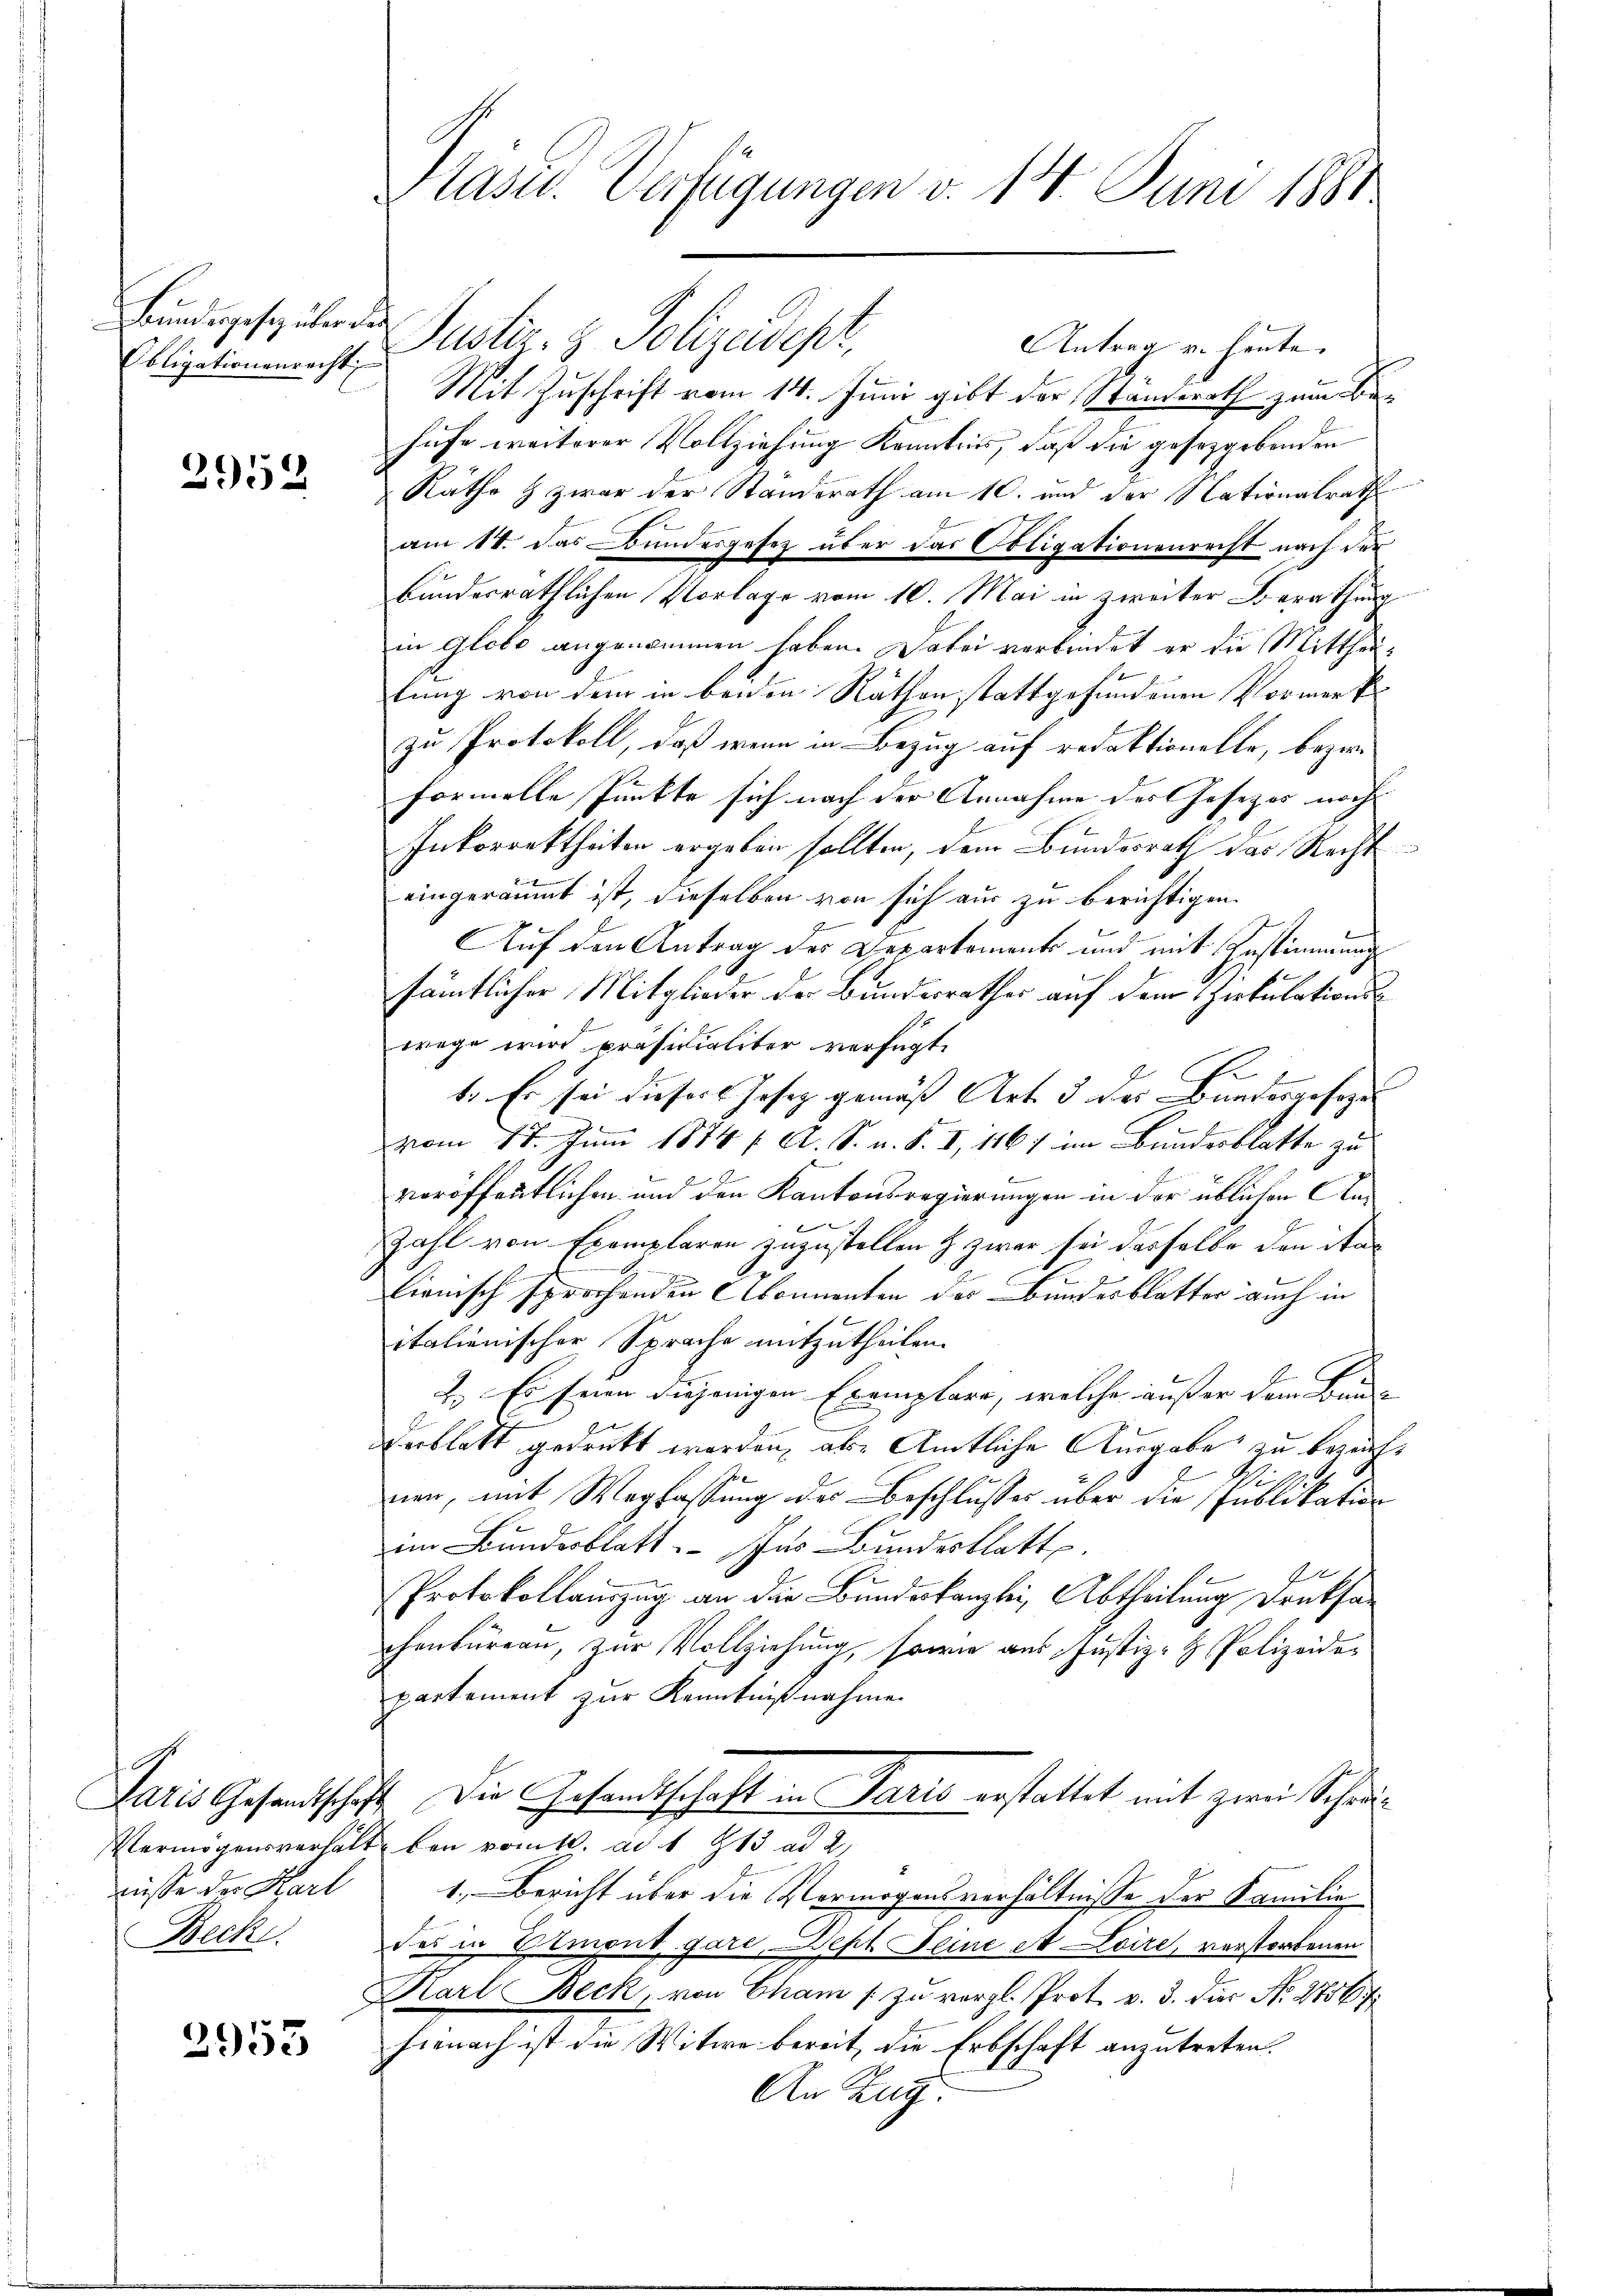
Bundesgesetz über des
Obligationenrecht

2952

2
nüsse der Karl

3953

Pläser. Verfügungen v. 14. Juni 1881

Justiz- & Polizadept,
Antrag v. heute.
Mit Zuschrift vom 14. Juni gibt der Standerath zum Be
hufe weiterer Vollziehung Kenntnis, daß die gesetzgebenden
Räthe & zwar der Standsrath am 10. und der Nationalrath
am 14. das Bundesgesetz über das Obligationenrecht nach der
bundesräthlichen Vorlage vom 10. Mai in zweiter Berathung
in globo angenommen haben. Dabei verbindet er die Mittheilung von dem in beiden Räthen stattgefundenen Vormerk- |
zu Protokoll, daß wenn in Bezug auf redaktionelle, bezir
formelle Punkte sich nach der Annahme des Gesetzes noch
Inkorrektheiten ergeben sollten, dem Bundesrath das Recht
eingeräumt ist, dieselben von sich aus zu berichtigen.
Auf den Antrag des Departements und mit Zustimmung
sämtlicher Mitglieder der Bundesrathes auf dem Zirkulationswege wird präsidialiter verfügt:
C
t. Es sei diesers Josez gemäß Art. 3 des Bundesgeseze
vom 18. Juni 1874 f. A. S. u. S. I, 1167 im Bundesblatte zu
veröffentlichen und den Kantonsregierungen in der üblichen An¬
Zahl von Exemplaren zuzustellen & zwar sei dasselbe den ita¬
I
lienisch sprochenden Abonnenten der Bundesblatter auch in
italienischer Sprache mitzutheilen.
2. Es seien diejenigen Exemplare, welche außer dem Bunderblatt gedruckt worden, als Amtliche Ausgabe zu bezeich¬
A
E
nen, mit Weglassung des Beschlusses über die Publikation
im Bundesblatt. Ins Bundesblatt.
1
Protokollauszug an die Bundeskanzlei, Abtheilung Druksachenbureau, zur Vollziehung, sowie aus Justiz- & Polizeidepartement zur Kenntnißnahme
Paris Gesandtschaft. Die Gesandtschaft in Paris erstattet mit zwei Schau¬
Vermögensverhält bei vom 1. ad 1813 ad 2
1. Bericht über die Vermögensverhältnisse der Familie
Beck. des in Elmont gare, Dept Feine et Loire, vorstorbenen
Karl Beck, von Cham / zu vergl. Prot. v. 3. dies No 27567
hienach ist die Witwe bereit, die Erbschaft anzutreten. |
An Zug.